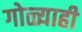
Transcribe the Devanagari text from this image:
गोळ्याही